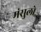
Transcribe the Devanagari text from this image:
मंसुलो